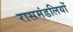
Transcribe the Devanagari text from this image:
रासमंडलियों